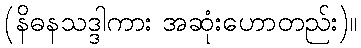
(နိဓနသဒ္ဒါကား အဆုံးဟောတည်း)။